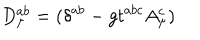
LaTeX: D _ { \mu } ^ { a b } = ( \delta ^ { a b } - g t ^ { a b c } A _ { \mu } ^ { c } )